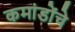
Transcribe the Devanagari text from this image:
कमांडोंचे